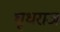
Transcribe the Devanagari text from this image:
घृधराज